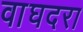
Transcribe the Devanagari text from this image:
वाघदरा